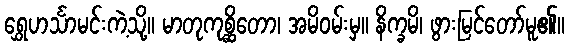
ရွှေဟင်္သာမင်းကဲ့သို့။ မာတုကုစ္ဆိတော၊ အမိဝမ်းမှ။ နိက္ခမိ၊ ဖွားမြင်တော်မူ၏။